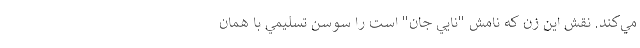
مي‌کند. نقش اين زن که نامش "نايي جان" است را سوسن تسليمي با همان